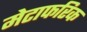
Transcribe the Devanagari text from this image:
मेटाफरिक